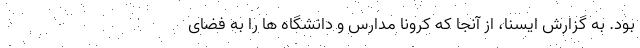
بود. به گزارش ایسنا، از آنجا که کرونا مدارس و دانشگاه ها را به فضای